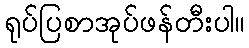
ရုပ်ပြစာအုပ်ဖန်တီးပါ။